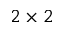
2 \times 2